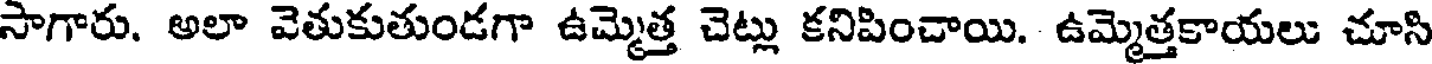
సాగారు. అలా వెతుకుతుండగా ఉమ్మెత్త చెట్లు కనిపించాయి. ఉమ్మెత్తకాయలు చూసి